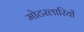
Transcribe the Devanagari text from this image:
मोटरलारियों